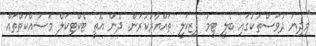
"މިދިޔަ ދުވަސްތަކުގައި ބެލީ ޓީމު ފިޒިކަލީ ތައްޔާރުކުރަން. ދެން އޮތީ ޓެކްޓިކަލް މަސައްކަތްތައް.